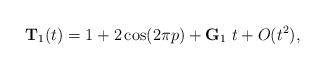
LaTeX: \begin{align*}{\bf T}_1(t)=1+2\cos(2\pi p)+{\bf G}_1\ t+ O(t^2), \end{align*}